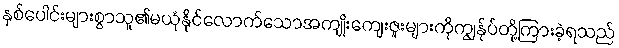
နှစ်ပေါင်းများစွာသူ၏မယုံနိုင်လောက်သောအကျိုးကျေးဇူးများကိုကျွန်ုပ်တို့ကြားခဲ့ရသည်